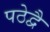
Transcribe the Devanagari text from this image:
पठेद्वै